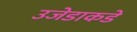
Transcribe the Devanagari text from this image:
उजेडाकडे